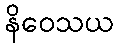
နိဝေသယ